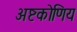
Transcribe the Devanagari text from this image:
अष्टकोणिय